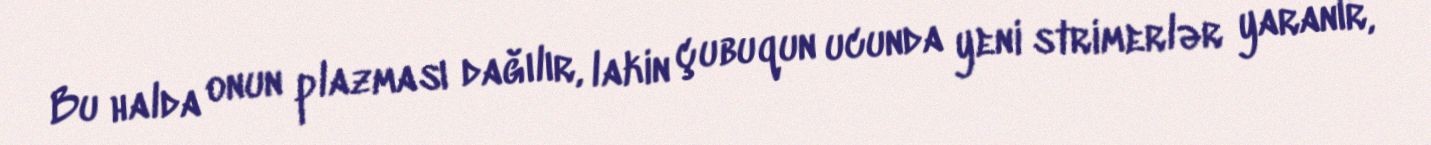
Bu halda onun plazması dağılır, lakin çubuqun ucunda yeni strimerlər yaranır,